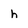
Character: h